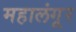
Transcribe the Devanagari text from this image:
महालंगूर